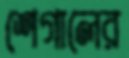
শেগালের